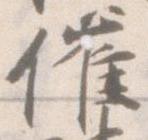
催